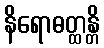
နိရောဓတ္ထန္တိ